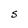
Character: S